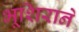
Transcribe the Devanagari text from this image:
भूशिराने